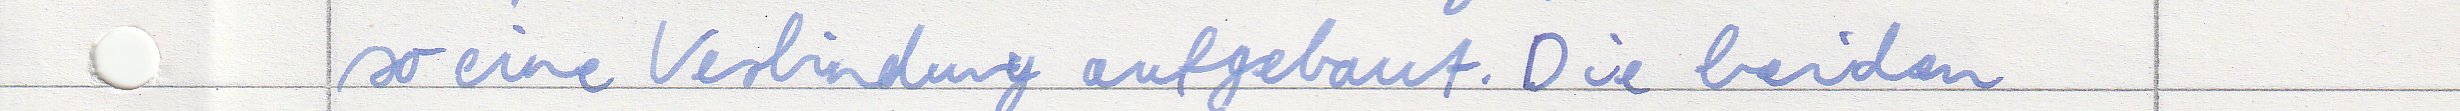
so eine Verbindung aufgebaut. Die beiden